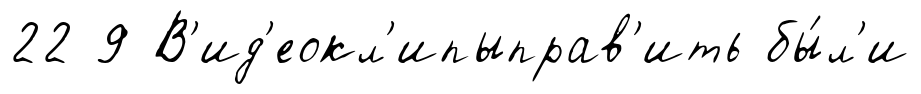
22 9 В'ид'еокл'ипыправ'ить бы́л'и